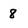
Character: 8